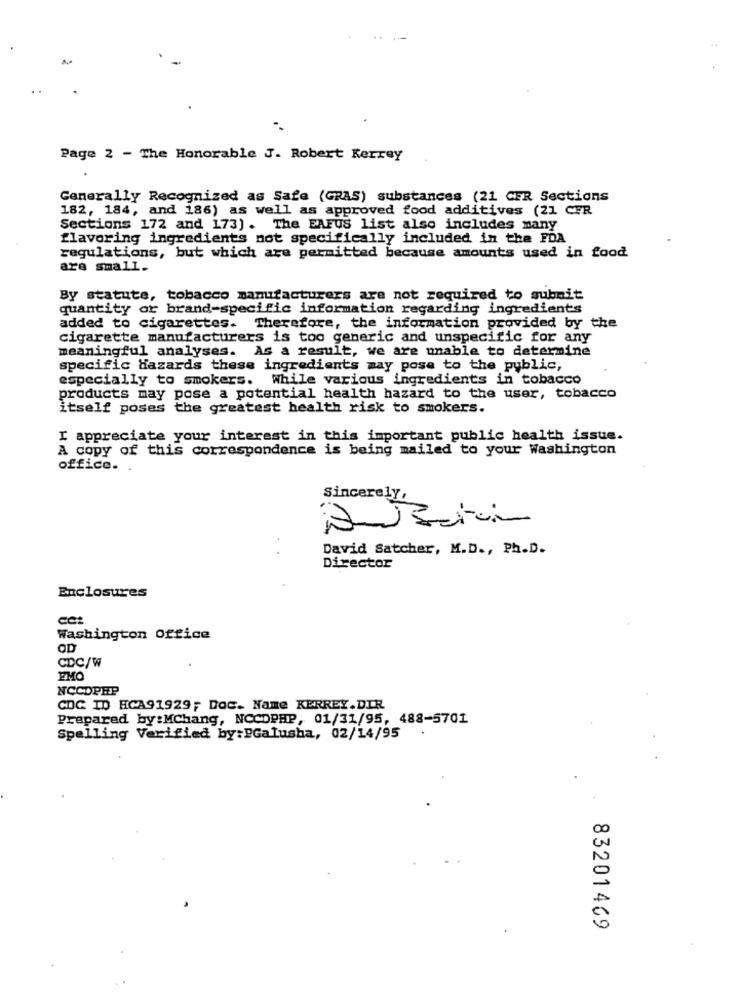
Page 2 - The Honorable J. Robert Kerrey
Generally Recognized as Safe (GRAS) substances (21 CER Sections
182, 184, and 186) as well as approved food additives (21 CFR
Sections 172 and 173). The FAFUS list also includes many
flavoring ingredients not specifically included in the FDA
regulations, but which are permitted because amounts used in food
are small.
By statute, tobacco manufacturers are not required to submit
quantity or brand-specific information regarding ingredients
added to cigarettes. Therefore, the information provided by the
cigarette manufacturers is too generic and unspecific for any
meaningful analyses. As a result, we are unable to determine
specific Hazards these ingredients may pose to the public,
especially to smokers. While various ingredients in tobacco
products may pose a potential health hazard to the user, tobacco
itself poses the greatest health risk to smokers.
I appreciate your interest in this important public health issue.
A copy of this correspondence is being mailed to your Washington
office. .
Sincerely,
NV
David Satcher, M.D ., Ph.D.
Director
Enclosures
Washington Office
OD
CDC/W
EMO
NCCDPHP
CDC ID HCA91929; Doc. Name KERREY.DIR
Prepared by:Mchang, NCCDPHP, 01/31/95, 488-5701
Spelling Verified by:BGalusha, 02/14/95
83201469